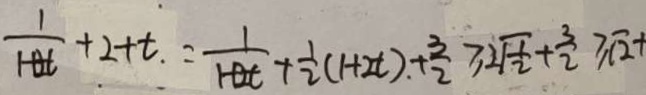
\frac { 1 } { 1 + 2 t } + 2 + t = \frac { 1 } { 1 + 2 t } + \frac { 1 } { 2 } ( 1 + 2 t ) + \frac { 3 } { 2 } \geq 2 \sqrt { \frac { 1 } { 2 } } + \frac { 3 } { 2 } \geq \sqrt { 2 } +